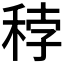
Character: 𥞳